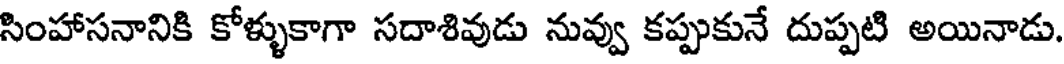
సింహాసనానికి కోళ్ళుకాగా సదాశివుడు నువ్వు కప్పుకునే దుప్పటి అయినాడు.